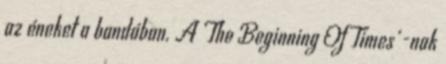
az éneket a bandában. A ’The Beginning Of Times’-nak